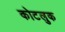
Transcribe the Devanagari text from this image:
कोटलुक